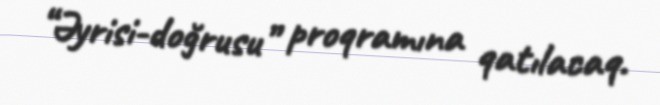
“Əyrisi-doğrusu” proqramına qatılacaq.